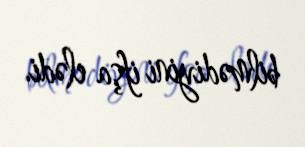
bilmədiyini ifşa elədi.